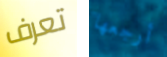
تعرف أرجعها